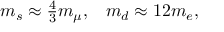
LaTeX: \begin{array} { c c } { { m _ { s } \approx \frac { 4 } { 3 } m _ { \mu } , } } & { { m _ { d } \approx 1 2 m _ { e } , } } \end{array}